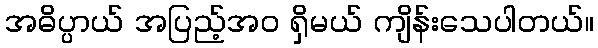
အဓိပ္ပာယ် အပြည့်အဝ ရှိမယ် ကျိန်းသေပါတယ်။